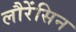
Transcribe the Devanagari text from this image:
लौरेंसिन